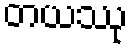
တယဿု